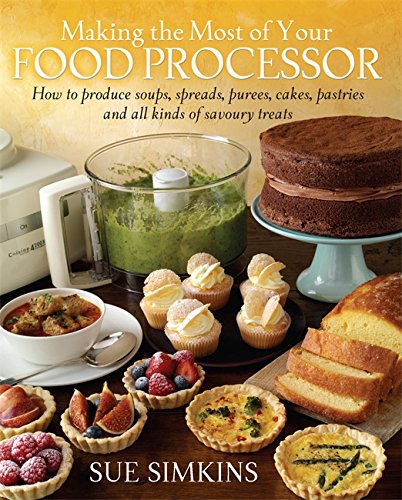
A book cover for Making the Most of Your Food Processor: How to Produce Soups, Spreads, Purees, Cakes, Pastries and All Kinds of Savoury Treats.; Sue Simkins; Cookbooks, Food & Wine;